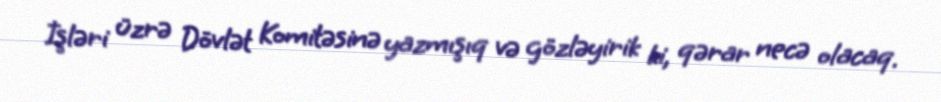
İşləri üzrə Dövlət Komitəsinə yazmışıq və gözləyirik ki, qərar necə olacaq.